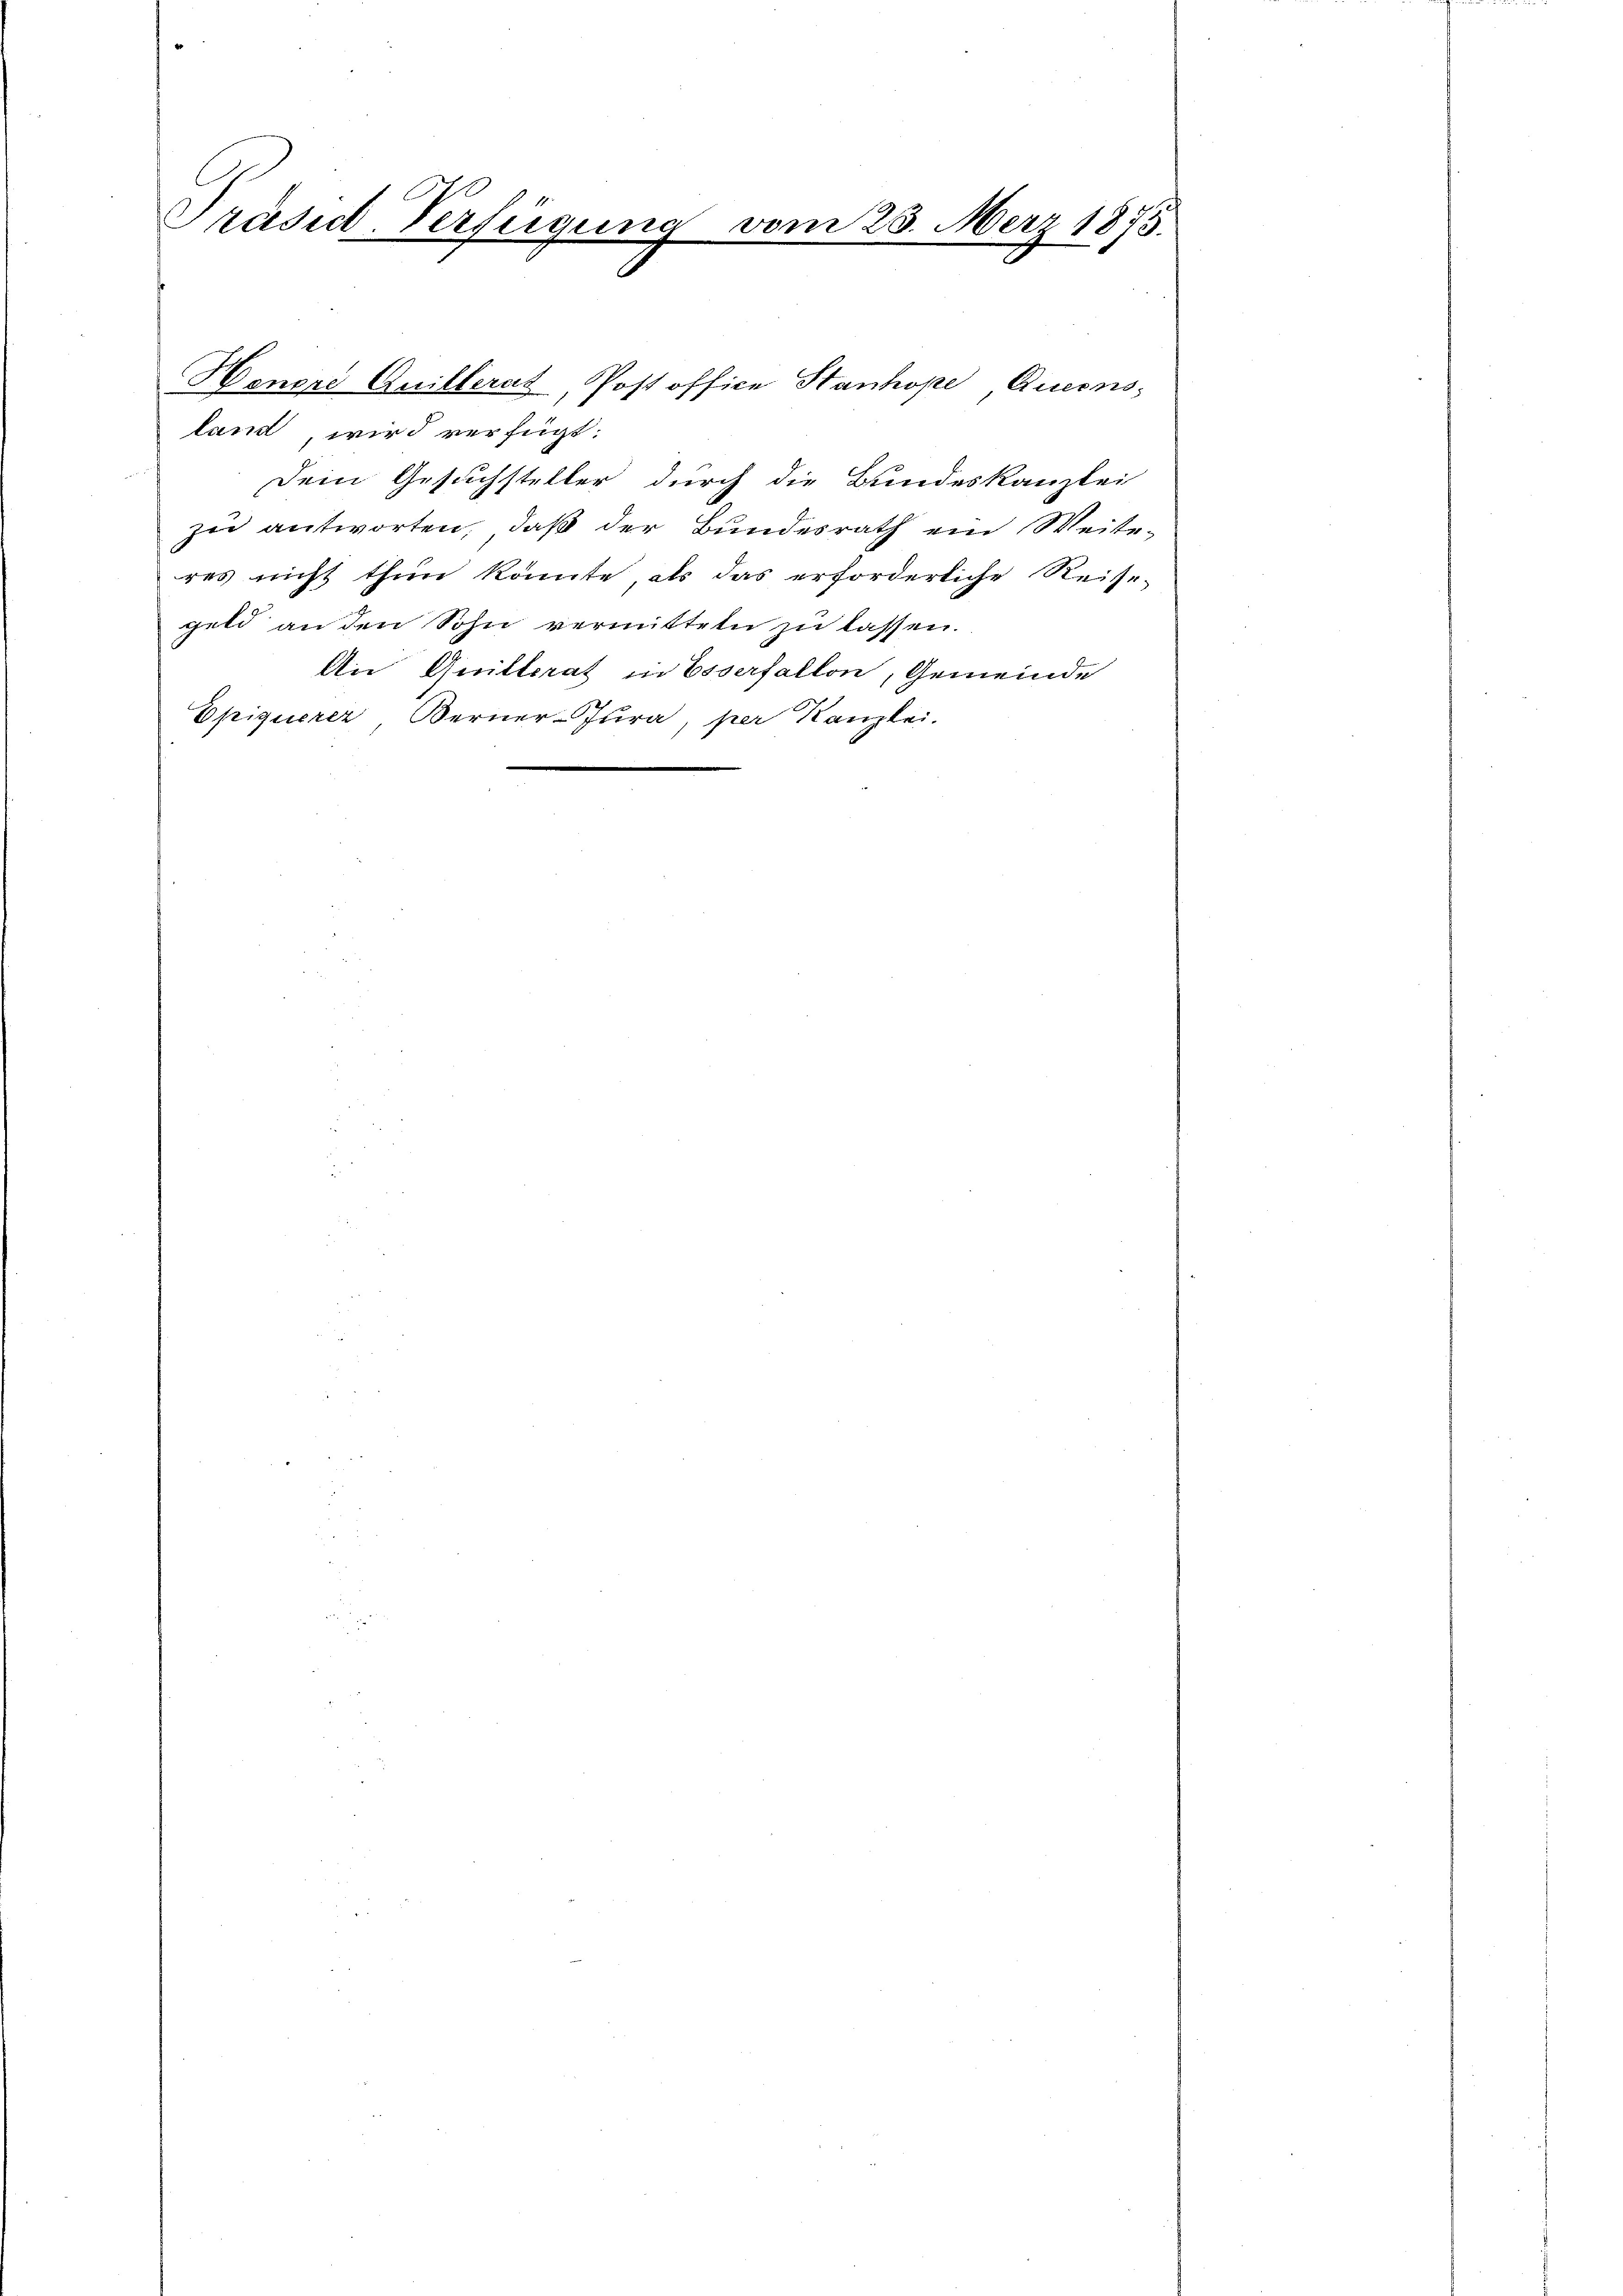
Präsid-Verfügung

Honori Quillerat, Post office Stanhope Queens
land, wird verfügt:
Dein Gesuchsteller durch die Bundeskanzlei
zu antworten, daß der Bundesrath ein Weiteres nicht thun könnte, als das erforderliche Reise-
geld an den Sohn vermittete zu lassen.
An Quitterat in Esserfallon, Gemeinde
Epiguerer Berner-Jura, per Kanzlei.

vom 25. März 1875.